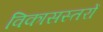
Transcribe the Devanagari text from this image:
विकासस्तरों